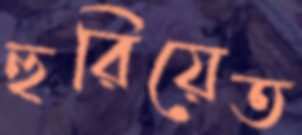
হুরিয়েত